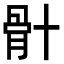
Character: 𮪦